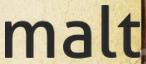
malt